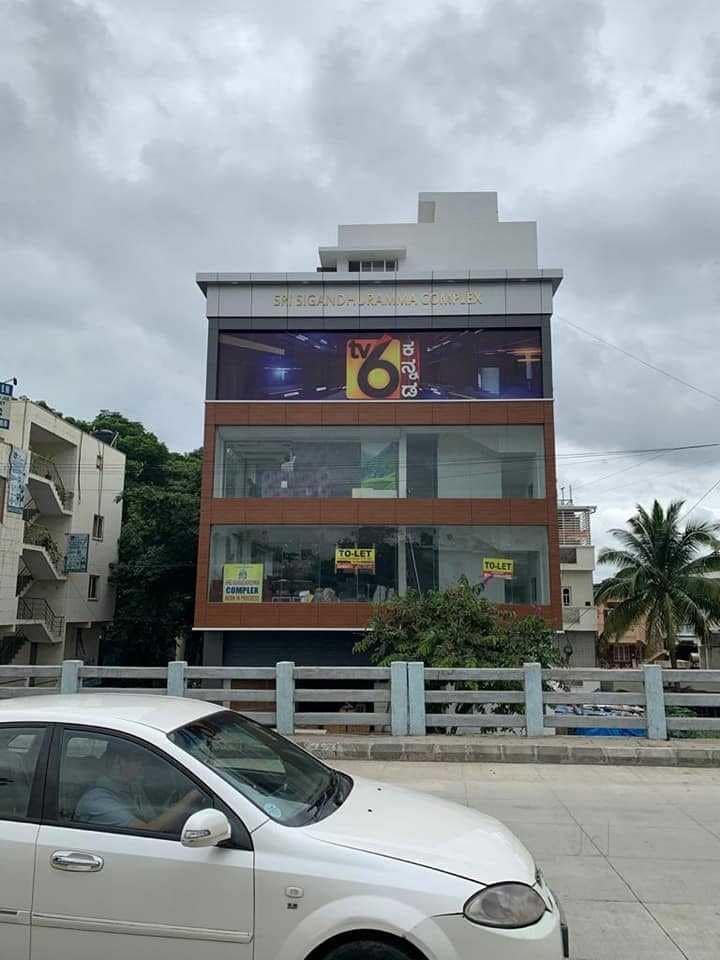
Language: kannada
Transcription: ಡ ನ್ನ ಕ